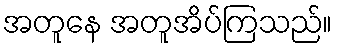
အတူနေ အတူအိပ်ကြသည်။